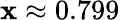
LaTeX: \mathbf{x}\approx0.799